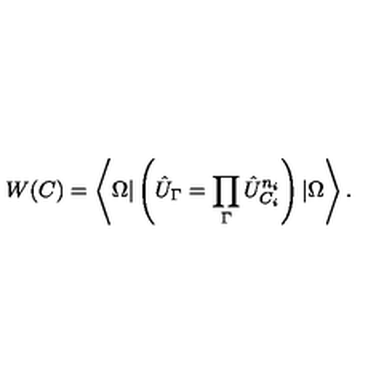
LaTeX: W ( C ) = \left\langle \Omega | \left( \hat { U } _ { \Gamma } = \prod _ { \Gamma } \hat { U } _ { C _ { i } } ^ { n _ { i } } \right) | \Omega \right\rangle .